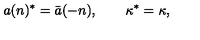
a ( n ) ^ { * } = \bar { a } ( - n ) , \qquad \kappa ^ { * } = \kappa ,